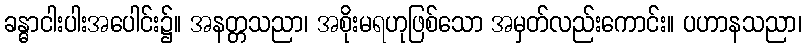
ခန္ဓာငါးပါးအပေါင်း၌။ အနတ္တသညာ၊ အစိုးမရဟုဖြစ်သော အမှတ်လည်းကောင်း။ ပဟာနသညာ၊